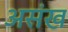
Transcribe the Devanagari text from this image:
असंख